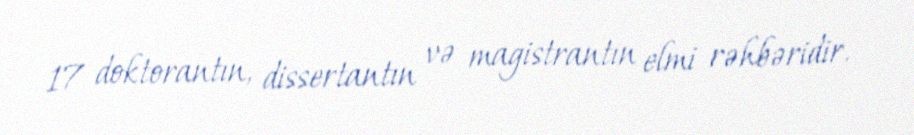
17 doktorantın, dissertantın və magistrantın elmi rəhbəridir.